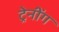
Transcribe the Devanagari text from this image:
ट्रेनींग